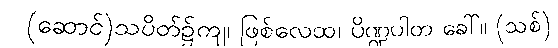
(ဆောင်)သပိတ်၌ကျ၊ ဖြစ်လေထ၊ ပိဏ္ဍပါတ ခေါ်။ (သစ်)